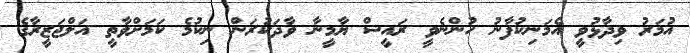
އުމަރު ވިދާޅުވީ އެމަނިކުފާނު ހުންނެވީ ރައީސް ޔާމީނާ ވާދަކުރަން ނިކުމެ ކަމަށްވާތީ އަލްޖަޒީރާގެ